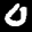
Label: 0